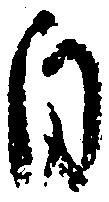
自